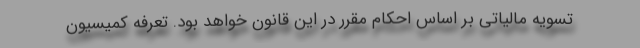
تسویه مالیاتی بر اساس احکام مقرر در این قانون خواهد بود. تعرفه کمیسیون